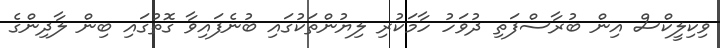
ވިކިލީކްސް އިން ބުރާސްފަތި ދުވަހު ހާމަކުރި ލިޔުންތަކުގައި ބުނެފައިވާ ގޮތުގައި ބިން ލާދިންގެ